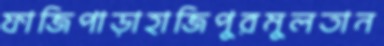
ফাজিপাড়াহাজিপুরমুলতান